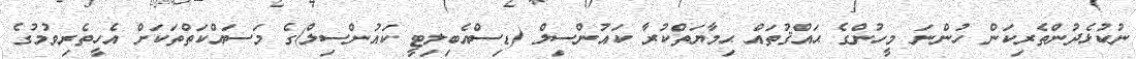
ނުކުޅެދުންތެރިކަން ހުންނަ މީހުންގެ ޙައްޤުތައް ޙިމާޔަތްކުރާ ކައުންސިލް (ޑިސްއެބިލިޓީ ކައުންސިލް)ގެ މަސައްކަތްތަކަށް އެހީތެރިވުމުގެ